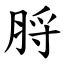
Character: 脟